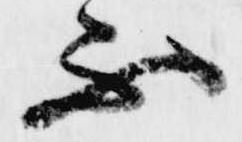
不